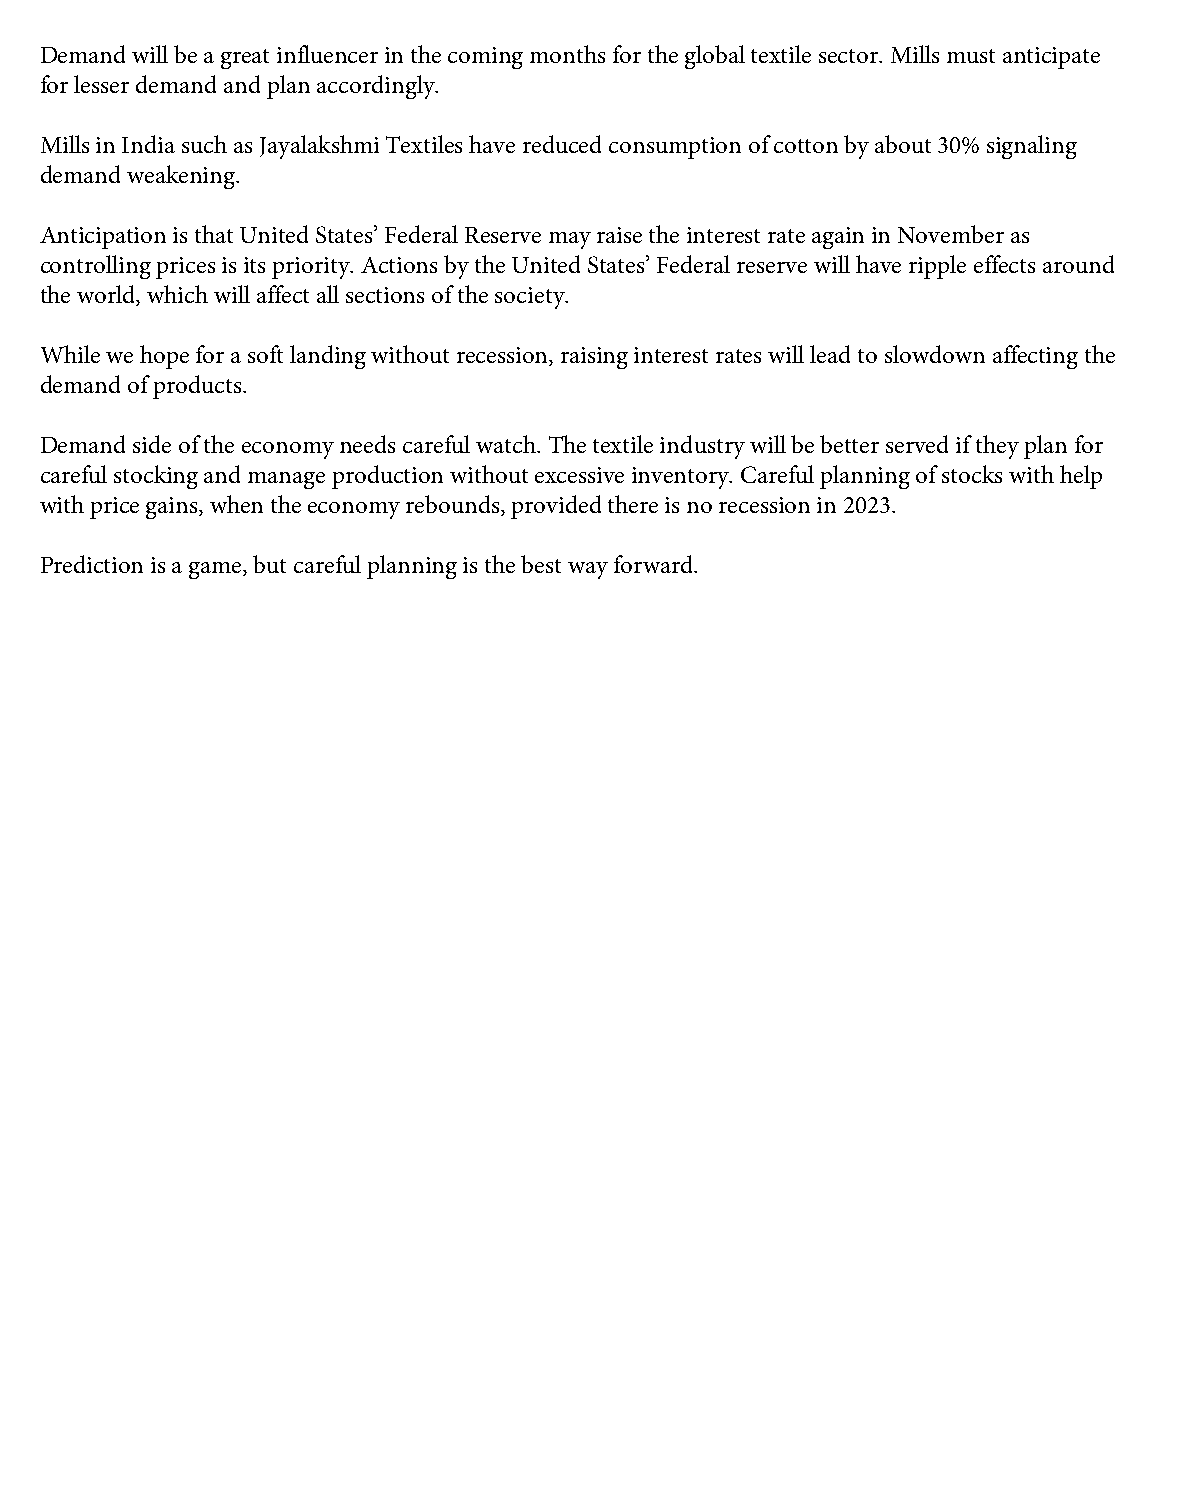
Demand will be a great influencer in the coming months for the global textile sector. Mills must anticipate
 for lesser demand and plan accordingly.
 Mills in India such as Jayalakshmi Textiles have reduced consumption of cotton by about 30% signaling
 demand weakening.
 Anticipation is that United States’ Federal Reserve may raise the interest rate again in November as
 controlling prices is its priority. Actions by the United States’ Federal reserve will have ripple effects around
 the world, which will affect all sections of the society.
 While we hope for a soft landing without recession, raising interest rates will lead to slowdown affecting the
 demand of products.
 Demand side of the economy needs careful watch. The textile industry will be better served if they plan for
 careful stocking and manage production without excessive inventory. Careful planning of stocks with help
 with price gains, when the economy rebounds, provided there is no recession in 2023.
 Prediction is a game, but careful planning is the best way forward.